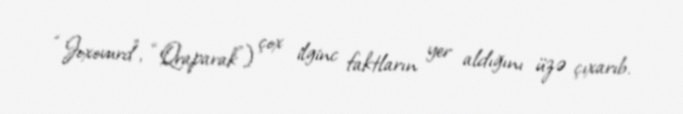
“Joxovurd”, “Qraparak”) çox ilginc faktların yer aldığını üzə çıxarıb.